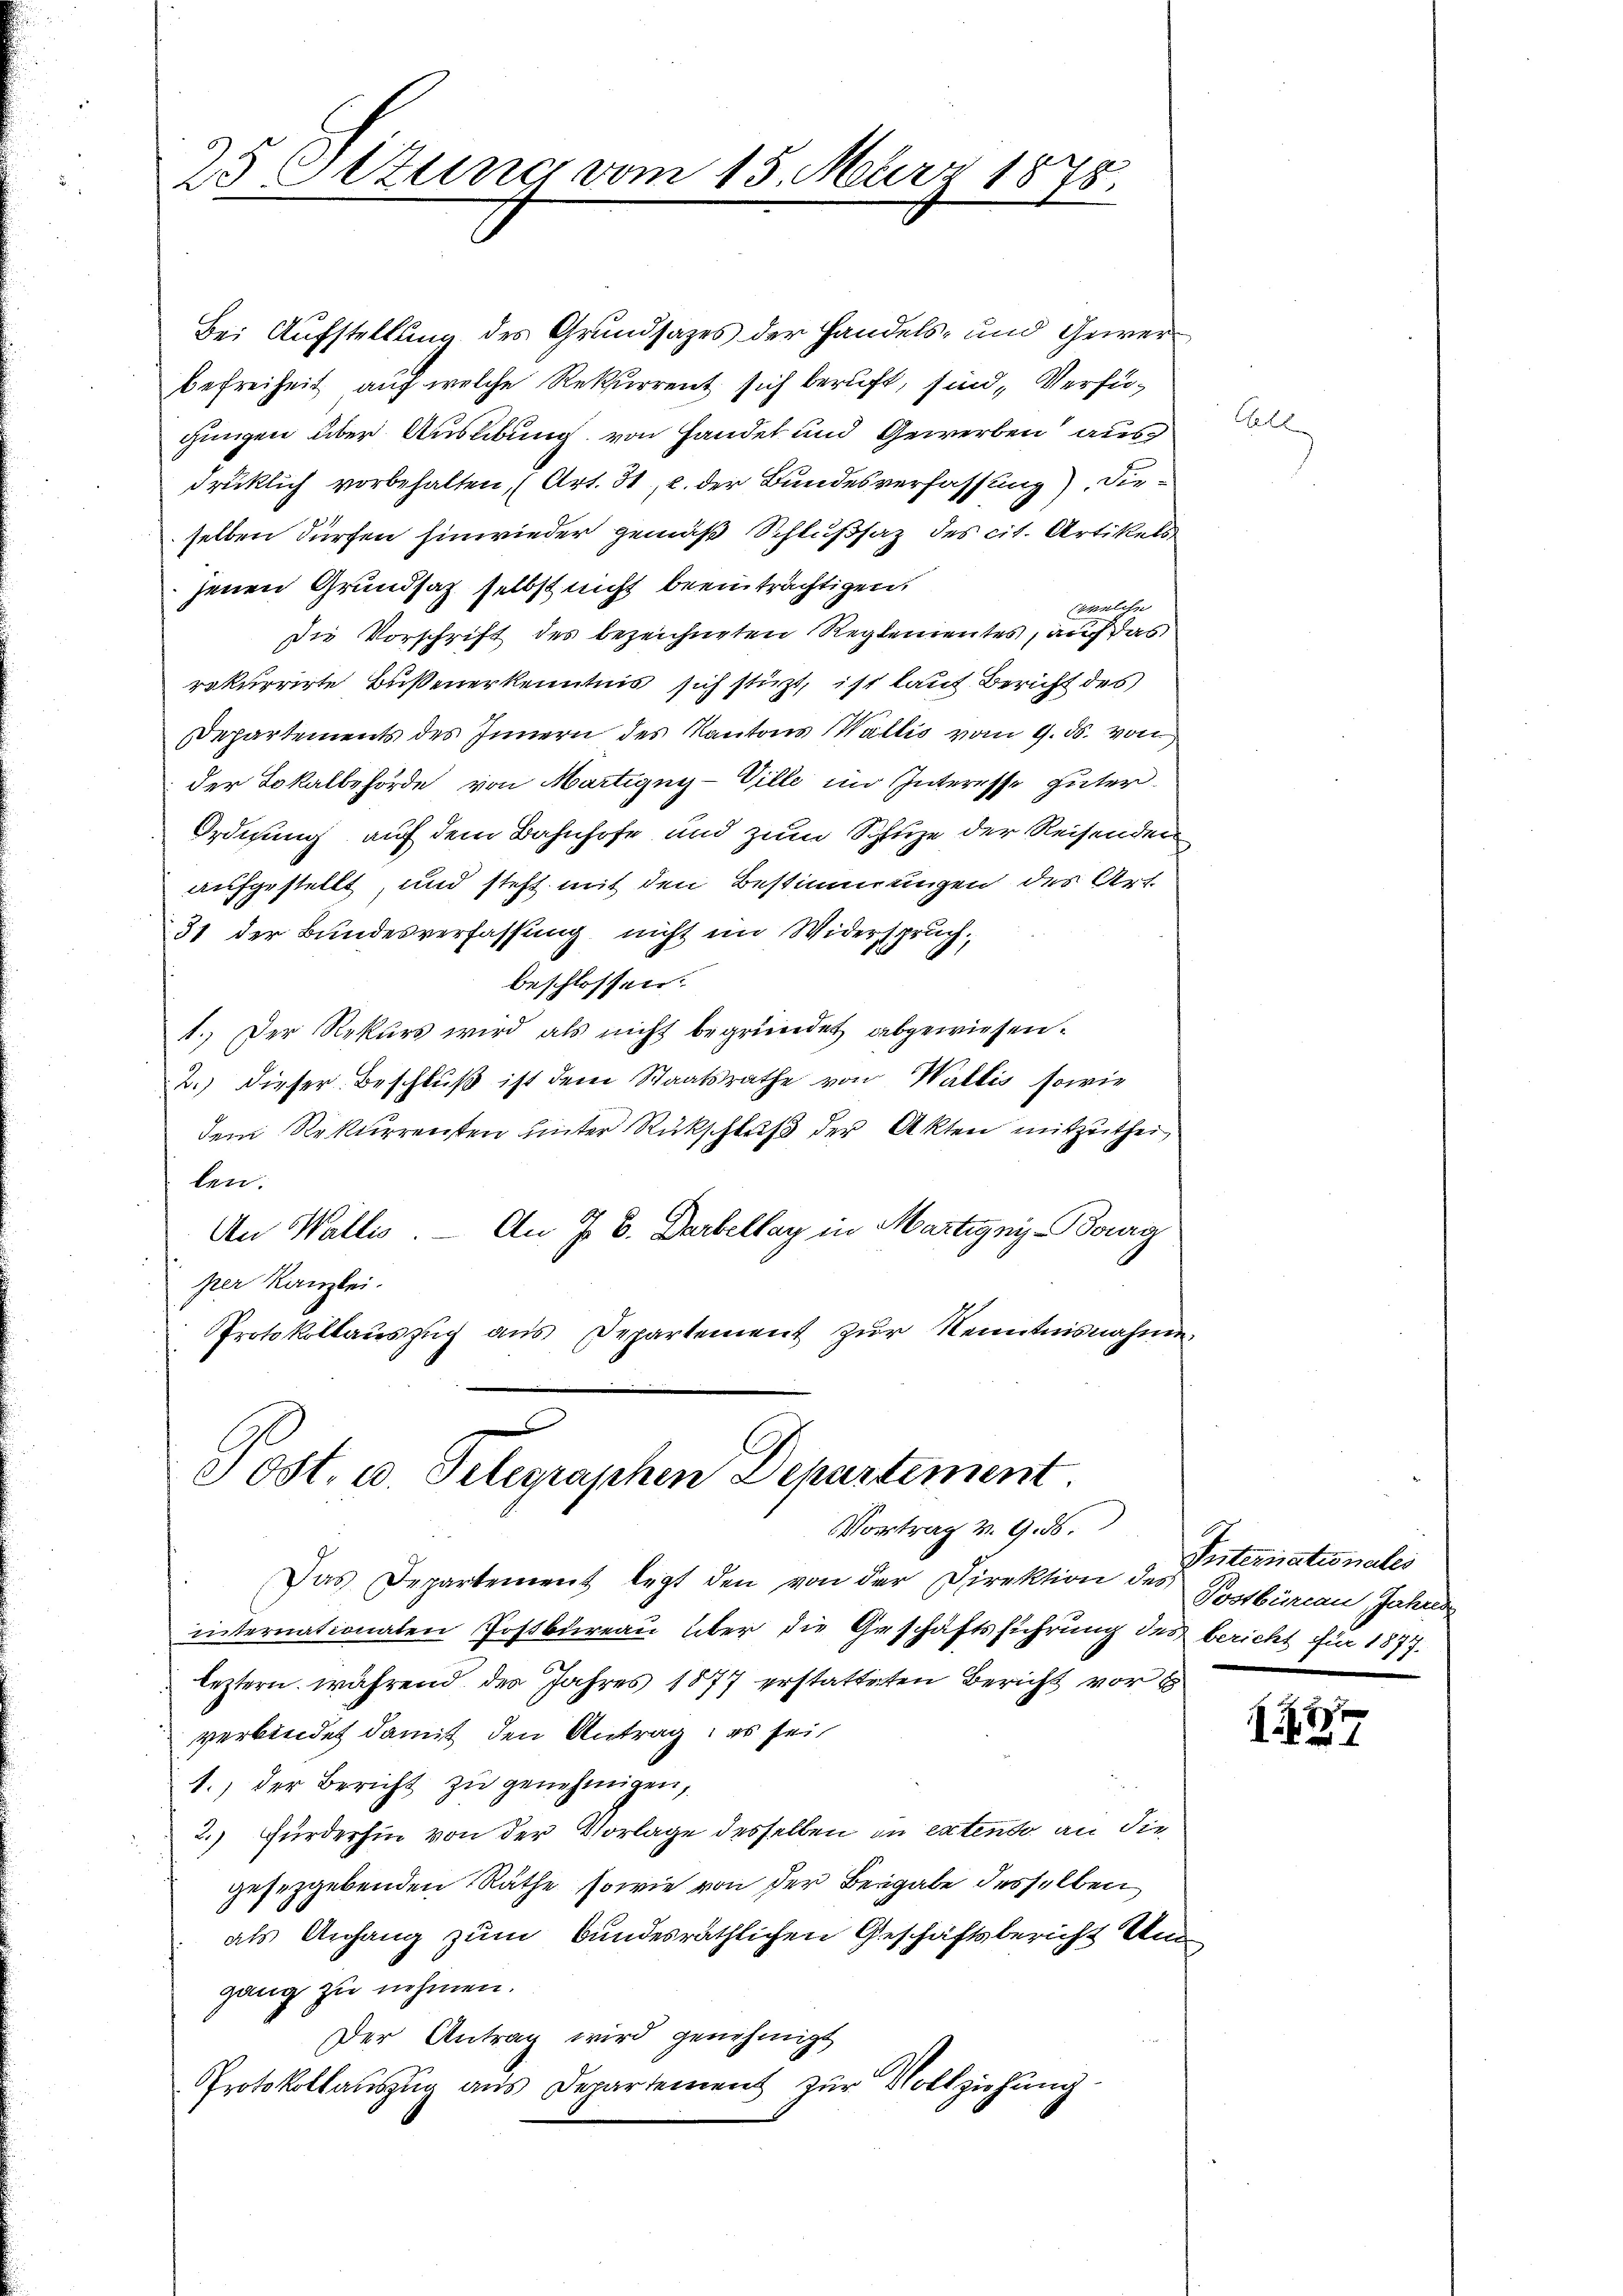
25 Setzung vo

15. März 1878.

Bei Aufstellung des Grundsazes der Handels- und Gewerbefreiheit auf welche Rekurrent sich beruft, sind, Verfügungen über Ausübung von Handet und Gewerben ausdrüklich vorbehalten, (Art. 31, u. der Bundesverfassung), dieselben dürfen hinwieder gemäß Schlußsatz des cit. Artikels
jenen Grundsaz selbst nicht beeinträchtigen,
welche
Die Vorschrift des bezeichneten Reglementes, auf das
rekurrirte Bußenerkenntnis sich stüzt, ist laut Bericht des
Departements des Innern des Kantons Wallis vom 9. ds. von
der Lokalbehörde von Martigny-Ville im Interesse güter¬
Ordnung auf dem Bahnhofe und zum Schuze der Reisenden
aufgestellt, und steht mit den Bestimmungen des Art
31 der Bundesverfassung nicht im Widerspruch.
beschlossen:
1. Der Rekurs wird als nicht begründet abgewiesen.
2.) Dieser Beschluß ist dem Staatsrathe von Wallis, sowie
dem Rekurrenten unter Rückschluß der Akten mitzuthei
len.
An Wallis. — An J. C. Darbellay in Martignis-Borg
per Kanzlei.
PProtokollauszug aus Departement zur Kenntnisnahme

Post. u. Telegraphen Departement
Vortrag v. 9. d.

Das Departement legt den von der Direktion des Postbüreau, Jahren
internationalen Postbureau über die Geschäftsführung des bericht für 1877.
leztern, während der Jahres 1877 erstatteten Bericht vor
verbindet damit den Antrag: es sei
1.) Der Bericht zu genehmigen,
2.) Fürderhin von der Vorlage desselben in extendo an die
gesetzgebenden Räthe, sowie von der Beigabe desselben
als Anfang zum bundesräthlichen Geschäftsbericht Ungang zu nehmen.
Der Antrag wird genehmigt
Protokollauszug aus Departement zur Vollziehung

Getr

Internationales

127